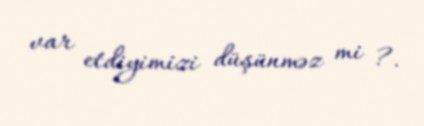
var etdiyimizi düşünməz mi ?.